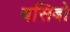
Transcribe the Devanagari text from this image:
बसिबो